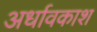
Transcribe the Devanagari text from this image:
अर्धावकाश